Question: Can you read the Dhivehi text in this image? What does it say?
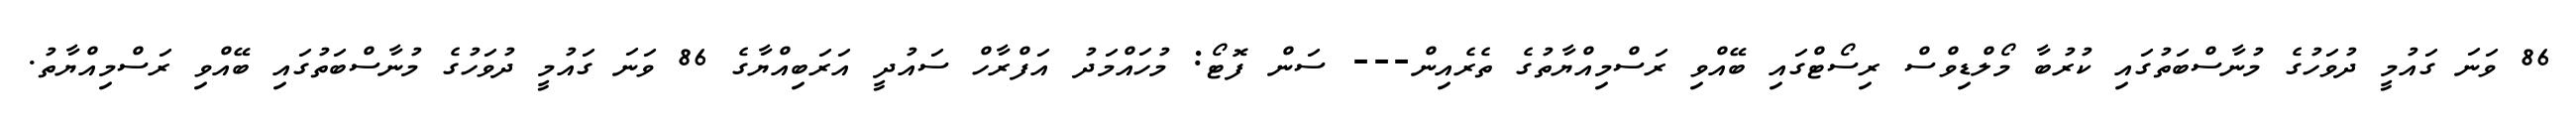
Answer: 86 ވަނަ ގައުމީ ދުވަހުގެ މުނާސްބަތުގައި ކުރުބާ މޯލްޑިވްސް ރިސޯޓްގައި ބޭއްވި ރަސްމިއްޔާތުގެ ތެރެއިން--- ސަން ފޮޓޯ: މުހައްމަދު އަފްރާހް ސައުދީ އަރަބިއްޔާގެ 86 ވަނަ ގައުމީ ދުވަހުގެ މުނާސްބަތުގައި ބޭއްވި ރަސްމިއްޔާތު.